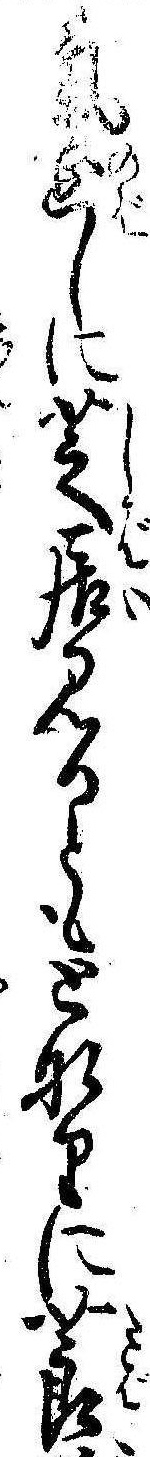
気延しに芝居見るともとなりに莨